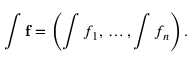
\int \mathbf { f } = \left( \int f _ { 1 } , \, \dots , \int f _ { n } \right) .